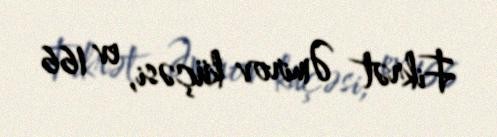
Fikrət Əmirov küçəsi, ev 166